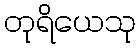
တုရိယေသု